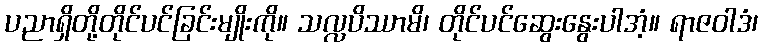
ပညာရှိတို့တိုင်ပင်ခြင်းမျိုးကို။ သလ္လပိဿာမိ၊ တိုင်ပင်ဆွေးနွေးပါအံ့။ ရာဇဝါဒံ၊